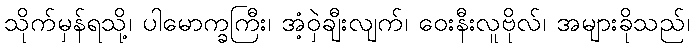
သိုက်မှန်ရသို့၊ ပါမောက္ခကြီး၊ အံ့ဝှဲချီးလျက်၊ ဝေးနီးလူဗိုလ်၊ အများခိုသည်၊